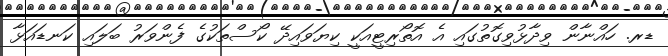
ޑރ. ހައްނާން ވިދާޅުވިގޮތުގައި އެ އޮތޯރިޓީއަކީ ކިޔަވައިދޭ ކޯސްތަކުގެ ފެންވަރު ބަލައި ކަނޑައަޅާ